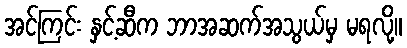
အင်ကြင်း နှင့်ဆီက ဘာအဆက်အသွယ်မှ မရလို့။